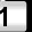
Digit: 1